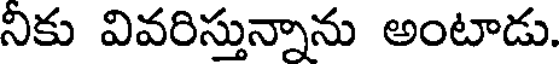
నికు వివరిస్తున్నాను అంటాడు.